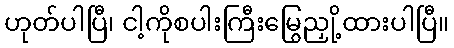
ဟုတ်ပါပြီ၊ ငါ့ကိုစပါးကြီးမြွေညှို့ထားပါပြီ။